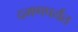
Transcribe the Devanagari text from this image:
दमणपर्यंत